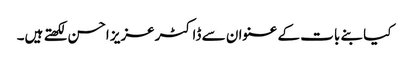
کیا بنے بات کے عنوان سے ڈاکٹرعزیز احسن لکھتے ہیں۔